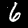
Digit: 6